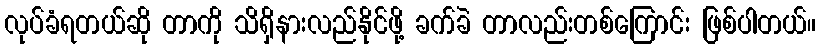
လုပ်ခံရတယ်ဆို တာကို သိရှိနားလည်နိုင်ဖို့ ခက်ခဲ တာလည်းတစ်ကြောင်း ဖြစ်ပါတယ်။